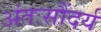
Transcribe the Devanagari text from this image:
अंतःसौंदर्य